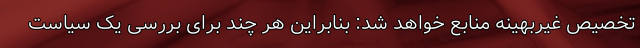
تخصیص غیربهینه منابع خواهد شد: بنابراین هر چند برای بررسی یک سیاست